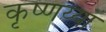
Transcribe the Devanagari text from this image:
कृष्णय्या